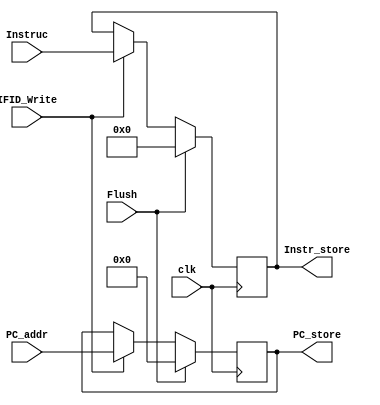
`timescale 1ns / 1ps
//////////////////////////////////////////////////////////////////////////////////
// Company: 
// Engineer: 
// 
// Design Name: 
// Module Name: IF_ID
// Project Name: 
// Target Devices: 
// Tool Versions: 
// Description: 
// 
// Dependencies: 
// 
// Revision:
// Revision 0.01 - File Created
// Additional Comments:
// 
//////////////////////////////////////////////////////////////////////////////////


module IF_ID(
    input clk, IFID_Write, Flush,
    input [63:0] PC_addr,
    input [31:0] Instruc,
    output reg [63:0] PC_store,
    output reg [31:0] Instr_store
);

always @(posedge clk) begin
    // Check if Flush signal is active
    if (Flush) begin
        // Flush active: Reset stored values
        PC_store <= 0;
        Instr_store <= 0;
    end else if (!IFID_Write) begin
        // IFID_Write inactive: Preserve stored values
        PC_store <= PC_store;
        Instr_store <= Instr_store;
    end else begin
        // Store new values in IF/ID pipeline registers
        PC_store <= PC_addr;
        Instr_store <= Instruc;
    end
end

endmodule